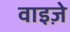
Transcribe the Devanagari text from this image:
वाइज़े